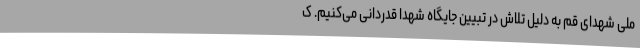
ملی شهدای قم به دلیل تلاش در تبیین جایگاه شهدا قدردانی می‌کنیم. ک